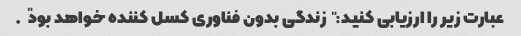
عبارت زیر را ارزیابی کنید: "زندگی بدون فناوری کسل کننده خواهد بود".